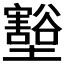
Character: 𭐋